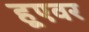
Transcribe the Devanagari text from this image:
हूएवर